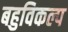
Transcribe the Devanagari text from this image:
बहुविकल्प